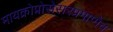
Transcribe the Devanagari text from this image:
मायक्रोप्रोसेसरप्रमाणेच